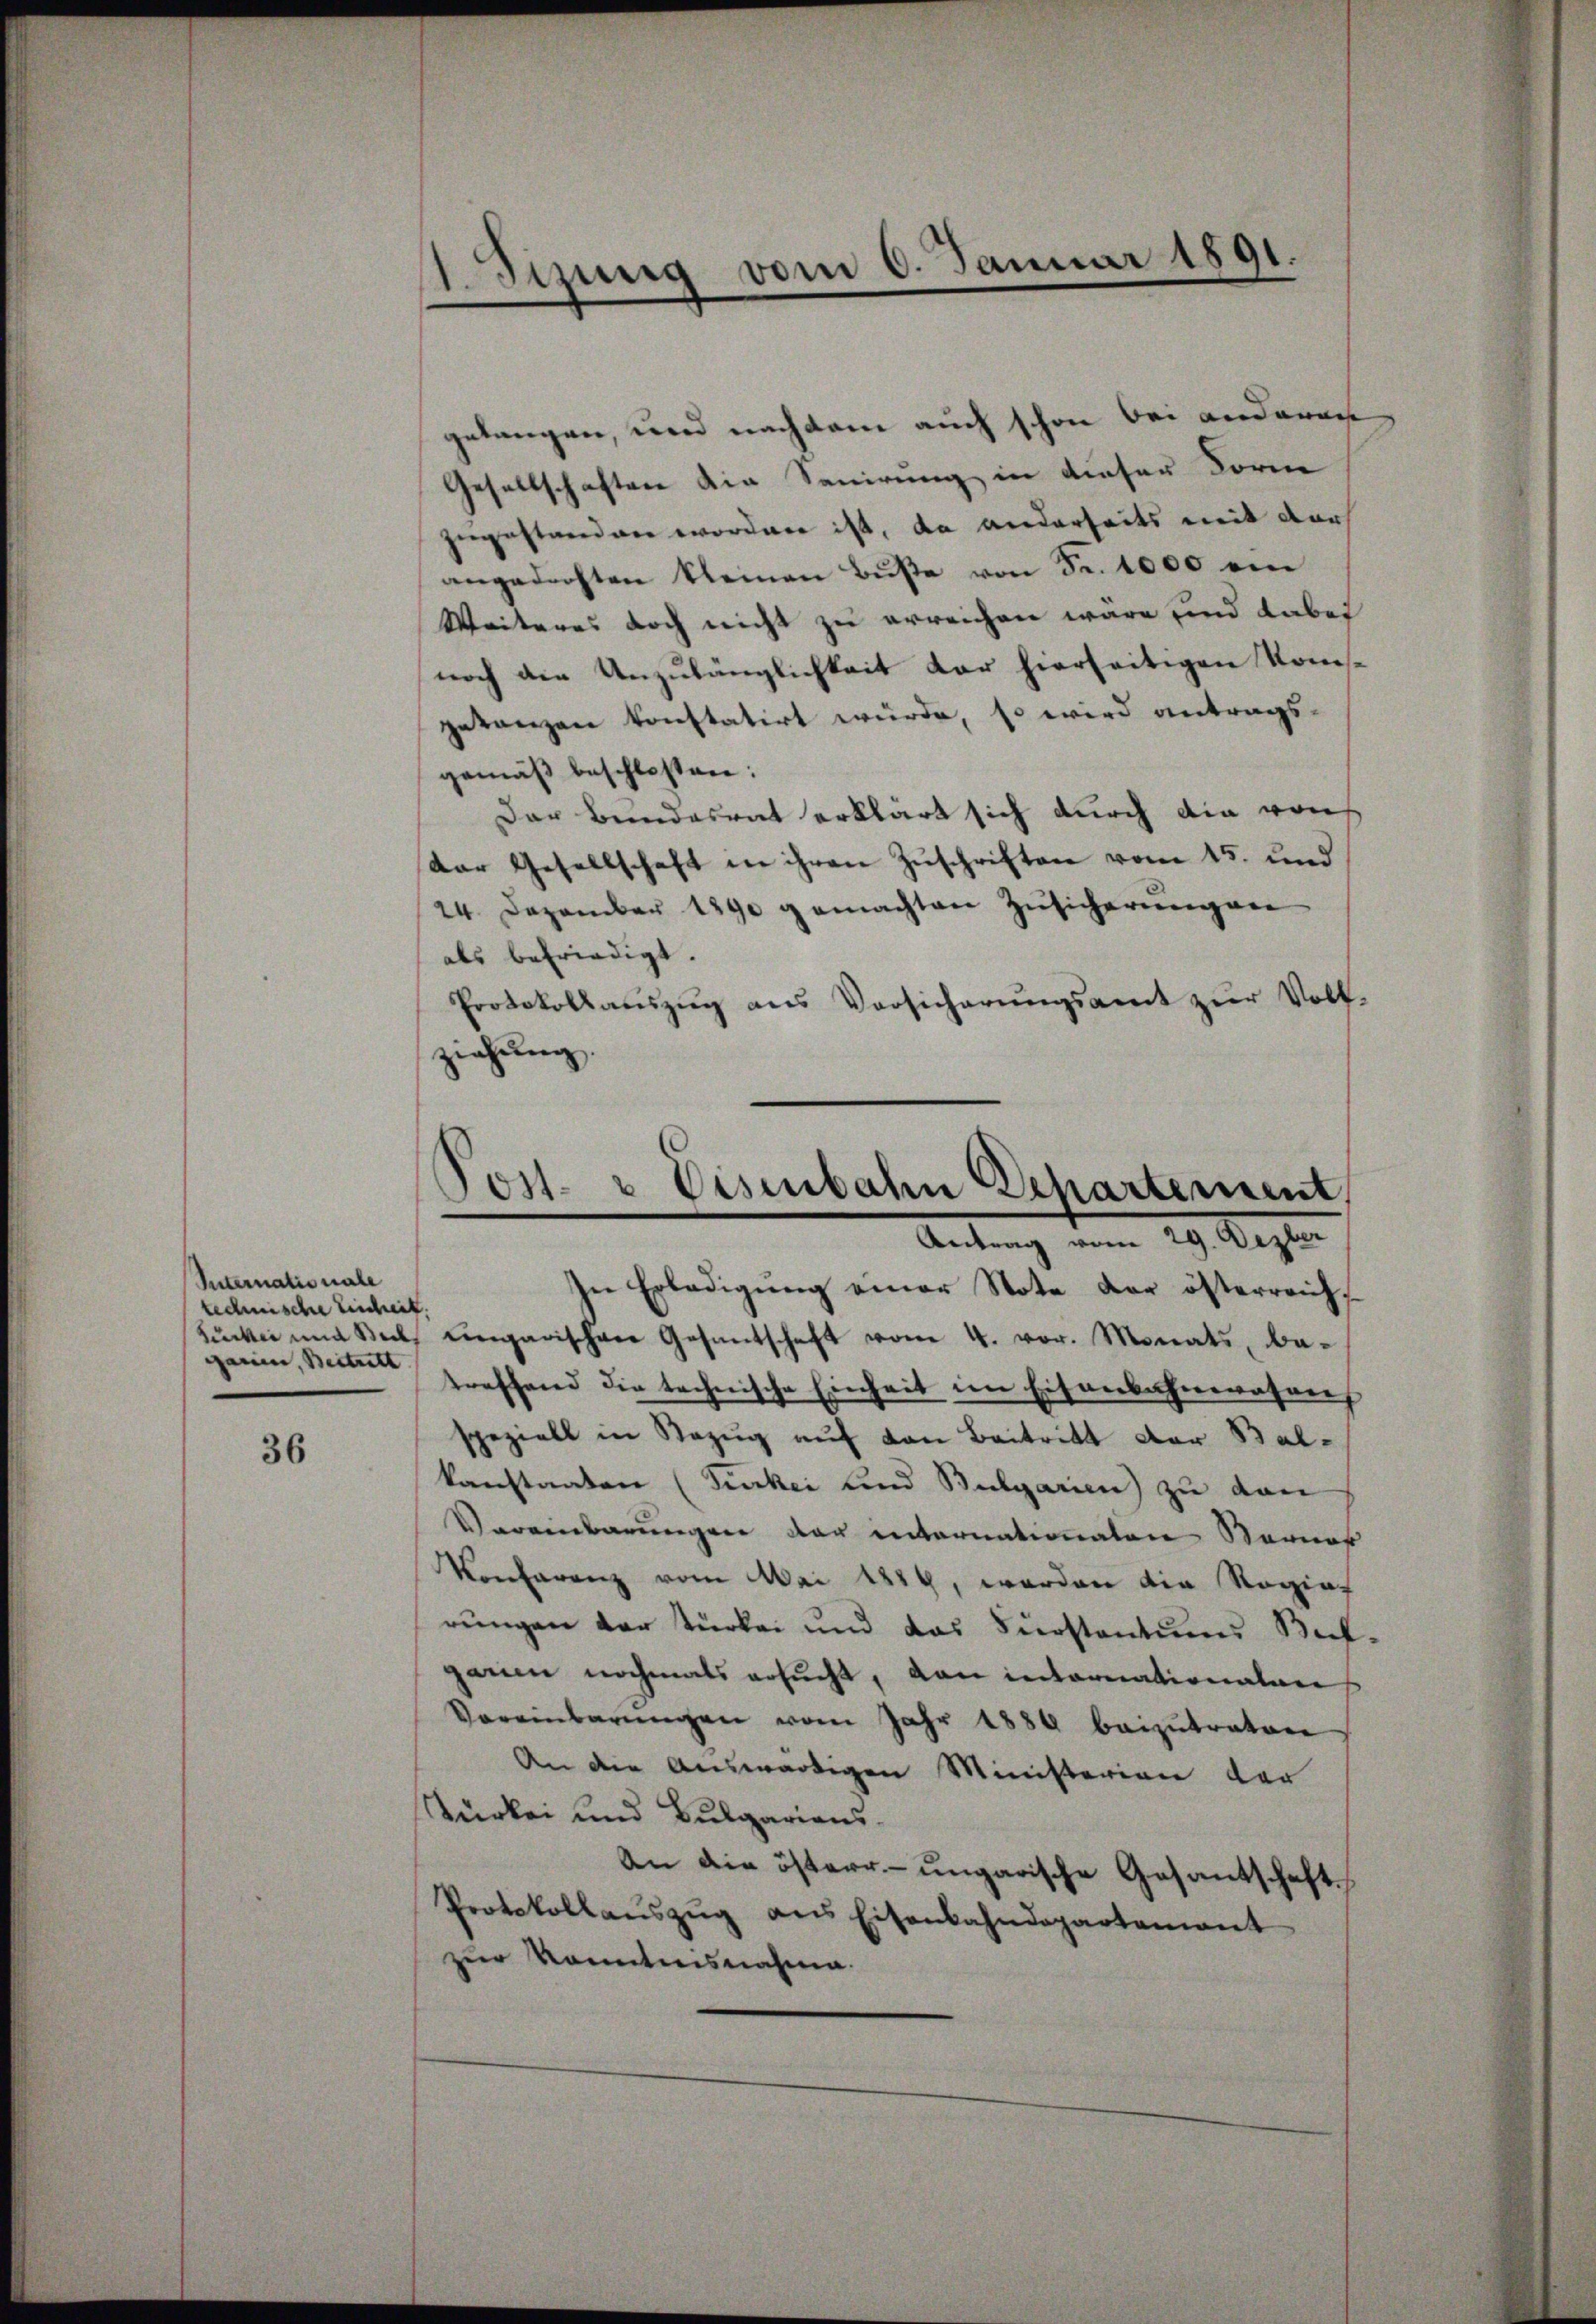
Internationale
technischer Einheit,
ganen, Beitritt

36

gelangen, und nachdem auch schon bei anderar
Gesellschaften die Sanirung in dieser Form
zugestanden wordere ist, da anderseits mit der
angedachten kleinen Bŭβe von Fr. 1000 ein
Weiteres doch nicht zu erreichen wäre und dabei
noch die Unzulänglichkeit der hierseitigen Konsgetanzen konstatirt würde, so wird antrags-
gemäß beschlossen:
Der Bundesrat erklärt sich durch die von
der Gesellschaft in ihren Zuschriften vom 15. und
24. Dezember 1890 gemachten Zusicherungen
als befriedigt.
Protokollaŭszŭg ans Versicherŭngsamt zŭr Voll-
ziehung.

.
1. Sizung vom 6. Januar 1891.

Jost- & Eisenbahn Departement,
Antrag vom 29. Dezber

In Erledigŭng einer Note der österreich¬
Sucker und Seel, ungarischen Gesantschaft vom 4. vor. Monats, betreffend die technische Einheit im Eisenbahnwesen
speziell in Bezug auf von Beitritt der Balkanstaaten (Surkei und Bulgarien) zu dan
Vereinbarungen der internationaten Vornah
Konferenz vom Mai 1884, worden die Regiat
rungen der Türkei und das Furstantums Bufgarien nochmals ersucht, von internationalen
Vereinbarŭngen vom Jahr 1884 beizŭtraten
An die Auswärtigen Ministerien der
Türkei und Bulgariens
An die österr.-ungarische Gesantschaft
Protokollaŭszŭg ans Eisenbahndepartement
zur Kenntnisnahme.